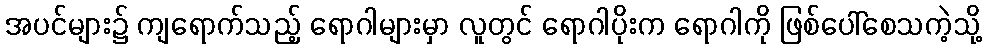
အပင်များ၌ ကျရောက်သည့် ရောဂါများမှာ လူတွင် ရောဂါပိုးက ရောဂါကို ဖြစ်ပေါ်စေသကဲ့သို့